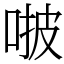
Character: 𠵿